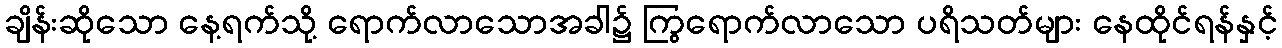
ချိန်းဆိုသော နေ့ရက်သို့ ရောက်လာသောအခါ၌ ကြွရောက်လာသော ပရိသတ်များ နေထိုင်ရန်နှင့်